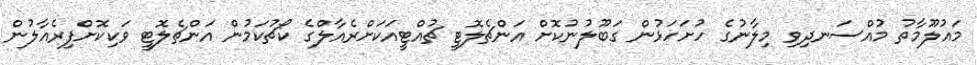
މައުލޫމާތު މުއްސަނދިވި މިލާނުގެ ހުށަހަޅުން ގަބޫލުނުކޮށް އަންޗެލޮޓީ ޗުއްޓީއަކަށްރެއާލްގެ ކޯޗުކަމުން އަންޗެލޮޓީ ވަކިކޮށްފިރެއާލުން